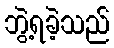
ဘွဲ့ရခဲ့သည်